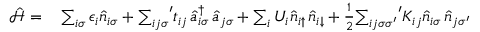
\begin{array} { r l } { \mathcal { \hat { H } } = } & { { } \sum _ { i \sigma } \epsilon _ { i } \hat { n } _ { i \sigma } + { \sum _ { i j \sigma } } ^ { \prime } t _ { i j } \, \hat { a } _ { i \sigma } ^ { \dag } \, \hat { a } _ { j \sigma } + \sum _ { i } U _ { i } \hat { n } _ { i \uparrow } \, \hat { n } _ { i \downarrow } + \frac { 1 } { 2 } { \sum _ { i j \sigma { \sigma } ^ { \prime } } } ^ { \prime } K _ { i j } \hat { n } _ { i \sigma } \, \hat { n } _ { j { \sigma } ^ { \prime } } } \end{array}